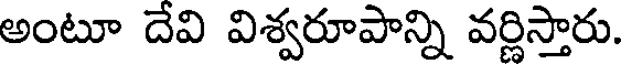
అంటూ దేవి విశ్వరూపాన్ని వర్ణిస్తారు.